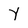
Character: Y